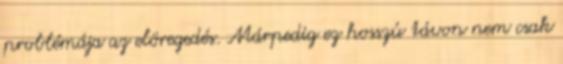
problémája az elöregedés. Márpedig ez hosszú távon nem csak